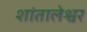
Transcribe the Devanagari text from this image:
शांतालेश्वर